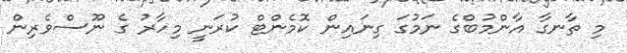
މި ތާނގާ އާންމުބްގެ ނަމުގަ ގިނައިން ކޮމެންޓް ކުރަނީ މިހާރު ގެ ނޫސްވެރިން